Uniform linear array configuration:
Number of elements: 12
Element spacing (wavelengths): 0.75
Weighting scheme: binomial
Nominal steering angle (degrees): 30
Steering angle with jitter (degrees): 30.147
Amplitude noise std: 0.05
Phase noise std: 0.05

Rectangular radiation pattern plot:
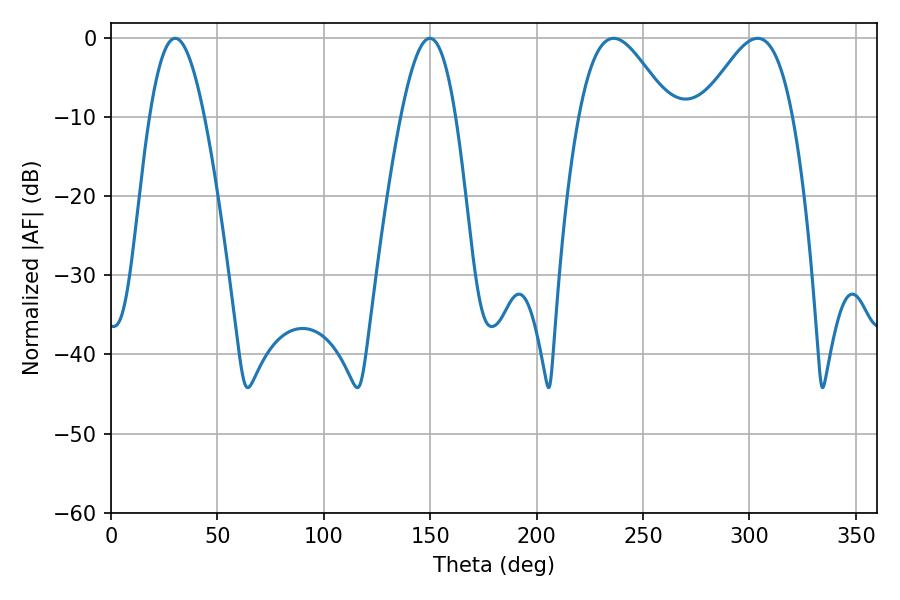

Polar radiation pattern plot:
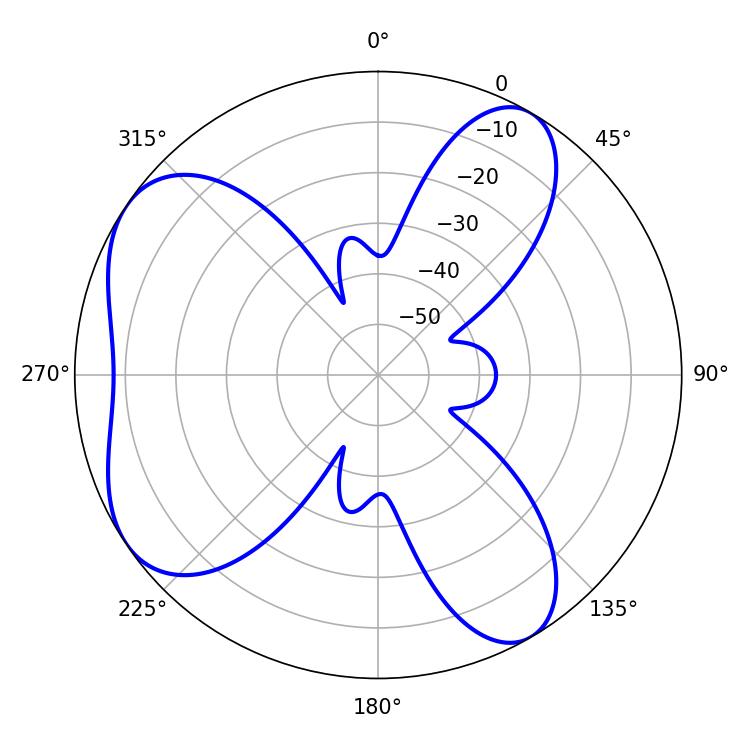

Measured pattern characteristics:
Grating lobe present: TRUE
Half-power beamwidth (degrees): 22.86
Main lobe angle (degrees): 236.16